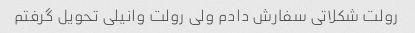
رولت شکلاتی سفارش دادم ولی رولت وانیلی تحویل گرفتم